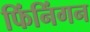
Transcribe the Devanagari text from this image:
फिंनिंगन